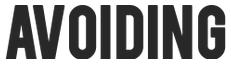
AVOIDING